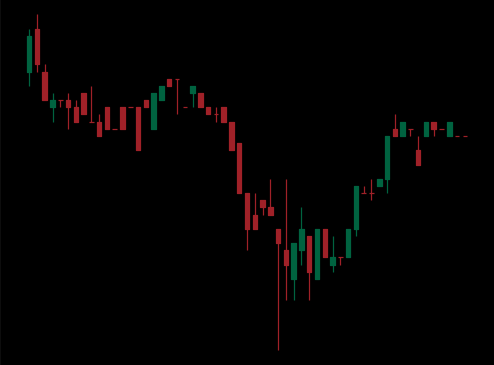
Pattern: inverse_head_shoulders